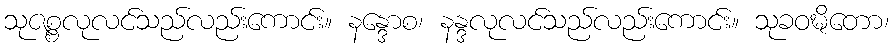
သုဇစ္စလုလင်သည်လည်းကောင်း။ နန္ဒောစ၊ နန္ဒလုလင်သည်လည်းကောင်း။ သုခဝဍ္ဎိတော၊